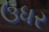
ઉધર